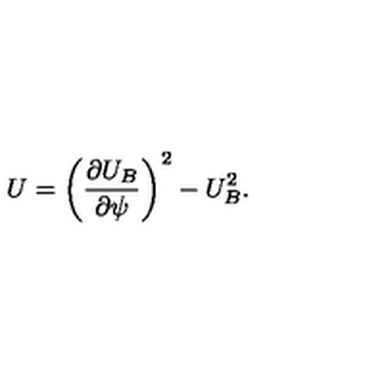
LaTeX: U = \left( \frac { \partial U _ { B } } { \partial \psi } \right) ^ { 2 } - U _ { B } ^ { 2 } .